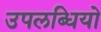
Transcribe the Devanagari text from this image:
उपलब्धियो